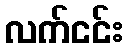
လက်ငင်း